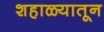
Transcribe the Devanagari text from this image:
शहाळ्यातून